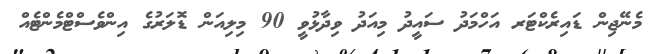
މެނޭޖިން ޑައިރެކްޓަރ އަހްމަދު ސައީދު މިއަދު ވިދާޅުވީ 90 މިލިއަން ޑޮލަރުގެ އިންވެސްޓްމެންޓެއް